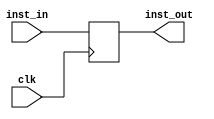
module IF_ID_reg(
  input [31:0] inst_in,
  input clk,
  output reg [31:0] inst_out
  );
  
  always @(posedge clk)
  begin
    inst_out = inst_in;
  end
  
endmodule